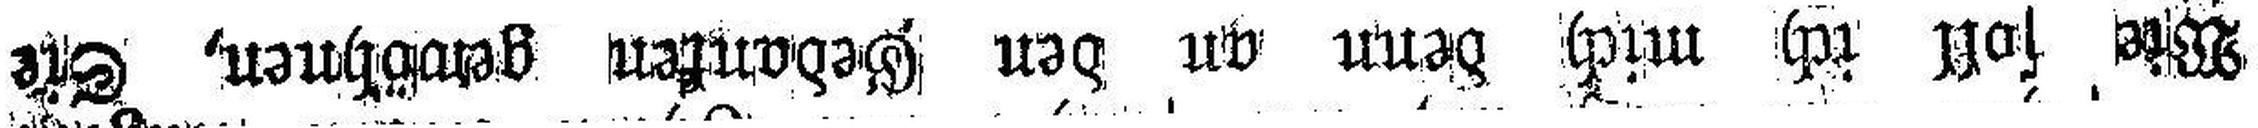
Wie soll ich mich denn an den Gedanken gewöhnen, Sie